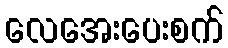
လေအေးပေးစက်